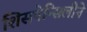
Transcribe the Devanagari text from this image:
शिसपेन्सिलीने